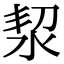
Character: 洯